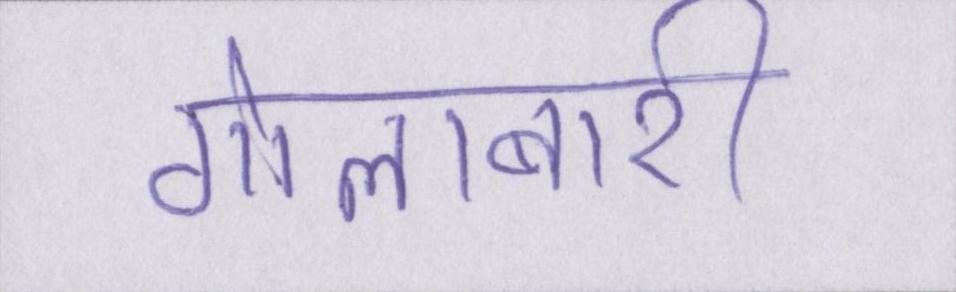
गोलाबारी